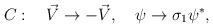
\begin{align*}C:\quad \vec{V}\to-\vec{V},\quad \psi\to\sigma_1\psi^*,\end{align*}